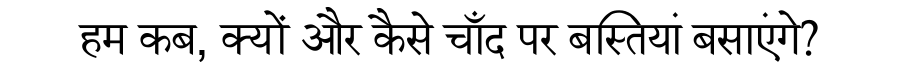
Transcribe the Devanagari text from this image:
हम कब, क्यों और कैसे चाँद पर बस्तियां बसाएंगे?